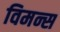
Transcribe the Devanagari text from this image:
विमन्स